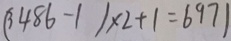
( 3 4 8 6 - 1 ) \times 2 + 1 = 6 9 7 1